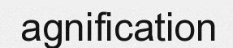
agnification